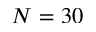
N = 3 0